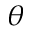
\theta